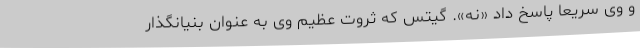
و وی سریعا پاسخ داد «نه». گیتس که ثروت عظیم وی به عنوان بنیانگذار